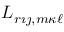
L _ { r { \imath \jmath } , m { \kappa \ell } }